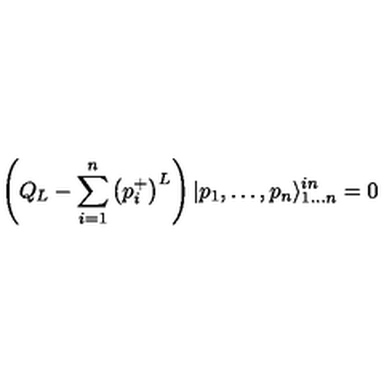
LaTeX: \left( Q _ { L } - \sum _ { i = 1 } ^ { n } \left( p _ { i } ^ { + } \right) ^ { L } \right) | p _ { 1 } , \dots , p _ { n } \rangle _ { 1 \dots n } ^ { i n } = 0